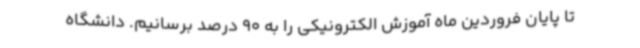
تا پایان فروردین ماه آموزش الکترونیکی را به 90 درصد برسانیم. دانشگاه